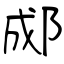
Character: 郕